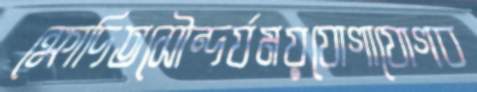
ক্ষোদিতসৌন্দর্যময়যোগাযোগব